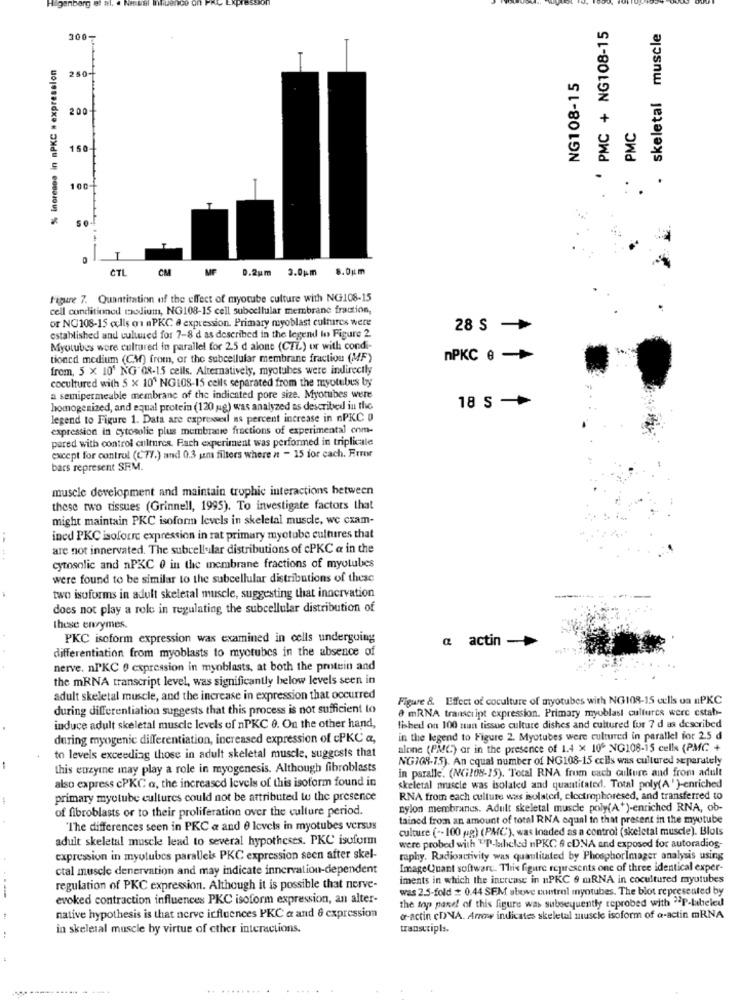
genborg
Ton
PMC + NG108-15
skeletal muscle
300-
% increase in nPKC # expression
250.
NG108-15
200
PMC
150
100
SO
T
CTL
CM
MF 0.2um 3.0pm
8.0gm
Figure 7. Quantitation of the effect of myotube culture with NG108-15
cell conditioned medium, NG108-15 cell subcellular membrane fraction,
or NG108-15 cells oi nPKC & expression. Primary myoblast cultures were
28 S
established and cultured for 7-8 d as described in the legend to Figure 2.
Myotubes were cultured in parallel for 2.5 d alone (CTL) or with condi-
tioned medium (CM) from, or the subcellular membrane fraction (MF)
nPKC 6 -
from, 5 x 10' NG" 08-15 cells. Alternatively, myotubes were indirectly
cocultured with 5 x 10" NGLOS-15 cells separated from the myotubes by
a semipermeable membrane of the indiented pore size. Myotubes were
homogenized, and equal protein (120 g) was analyzed as described in the
18 S -
legend to Figure 1. Data are expressel ns percent increase in nPKC 0
expression in cytosolie plus membrane fractions of experimental com-
pared with control cultures. Fach experiment was performed in triplicale
except for control (C77.) and 0.3 uns filters where it - 15 for cach. Error
bars represent SRM.
muscle development and maintain trophic interactions between
these two tissues (Grinnell, 1995). To investigate factors that
might maintain PKC isoform levels in skeletal muscle, we cxam-
ined PKC isoforre expression in rat primary myotube cultures that
are not innervated. The subcellular distributions of cPKC a in the
cytosolic and nPKC 0 in the membrane fractions of mytubes
were found to be similar to the subcellular distributions of these
two isoforms in adult skeletal muscle, suggesting that innervation
----
does not play a role in regulating the subcellular distribution of
these enzymes.
PKC isoform expression was examined in cells undergoing
a actin
differentiation from myoblasts to myotubes in the absence of
nerve. nPKC 0 expression in myoblasts, at both the protein and
the mRNA transcript level, was significantly below levels seen in
adult skeletal muscle, and the increase in expression that occurred
Figure 8. Effect of coculture of myotubes with NG108-15 cells ua nPKC
during differentiation suggests that this process is not sufficient to
8 mRNA transcript expression. Primary myoblasi cultures were cstab-
induce adult skeletal muscle levels of nPKC 9. On the other hand,
fished on 100 nun tissue culture dishes and cultured for 7 d as described
during myogenic differentiation, increased expression of cPKC a,
in the legend to Figure 2. Myotubes were cultured in parallel for 2.5 d
alone (PM(:) ar in the presence of 1.4 x 10º NG108-15 cells (PMC +
-
to levels exceeding those in adult skeletal muscle, suggests that
NG108-75). An cqual number of NG108-15 cells was cultured separately
this enzyme may play a role in myogenesis. Although fibroblasts
in paralle. (NG208-15). Total RNA from each culture and from adult
also express cPKC a, the increased levels of this isoform found in
skeletal muscle was isolated and quantitated. Total poly(A')-enriched
primary myotube cultures could not be attributed to the presence
RNA from each culture was isolated, clectrophoresed, and transferred to
of fibroblasts or to their proliferation over the culture period.
nylon membranes. Adult skeletal muscle poly(A+ )-enriched RNA, ob-
tained from an amount of total RNA equal to that present in the myotube
"The differences seen in PKC a and 0 levels in myotubes versus
culture ( -- 100 g) (PAC), was loaded as a control (skeletal muscle). Blots
adult skeletal muscle lead to several hypotheses. PKC isoform
were probed with "P-labeled nPKC 6 cDNA and exposed for autoradios-
expression in myulubes parallels PKC expression seen after skel-
raphy. Radioactivity was qualitated by PhosphorImager analysis using
ctal muscle denervation and may indicate innervation-dependent
ImageQuant software. This figure represents one of three identical exper-
iments in which the increase in nPKC 9 mRNA in cocultured myutubes
regulation of PKC expression. Although it is possible that nerve-
was 2.5-fold # 0.44 SEM above control myotubes. The blot represented by
evoked contraction influences PKC isoform expression, an alter-
the top panel of this figure was subsequently reprobed with "P-labeled
native hypothesis is that nerve icfluences PKC a and 8 expression
dr-actin cDNA. Arrow indicates skeletal muscle isoform of a-actin mRNA
in skeletal muscle by virtue of cther interactions.
transcripts.